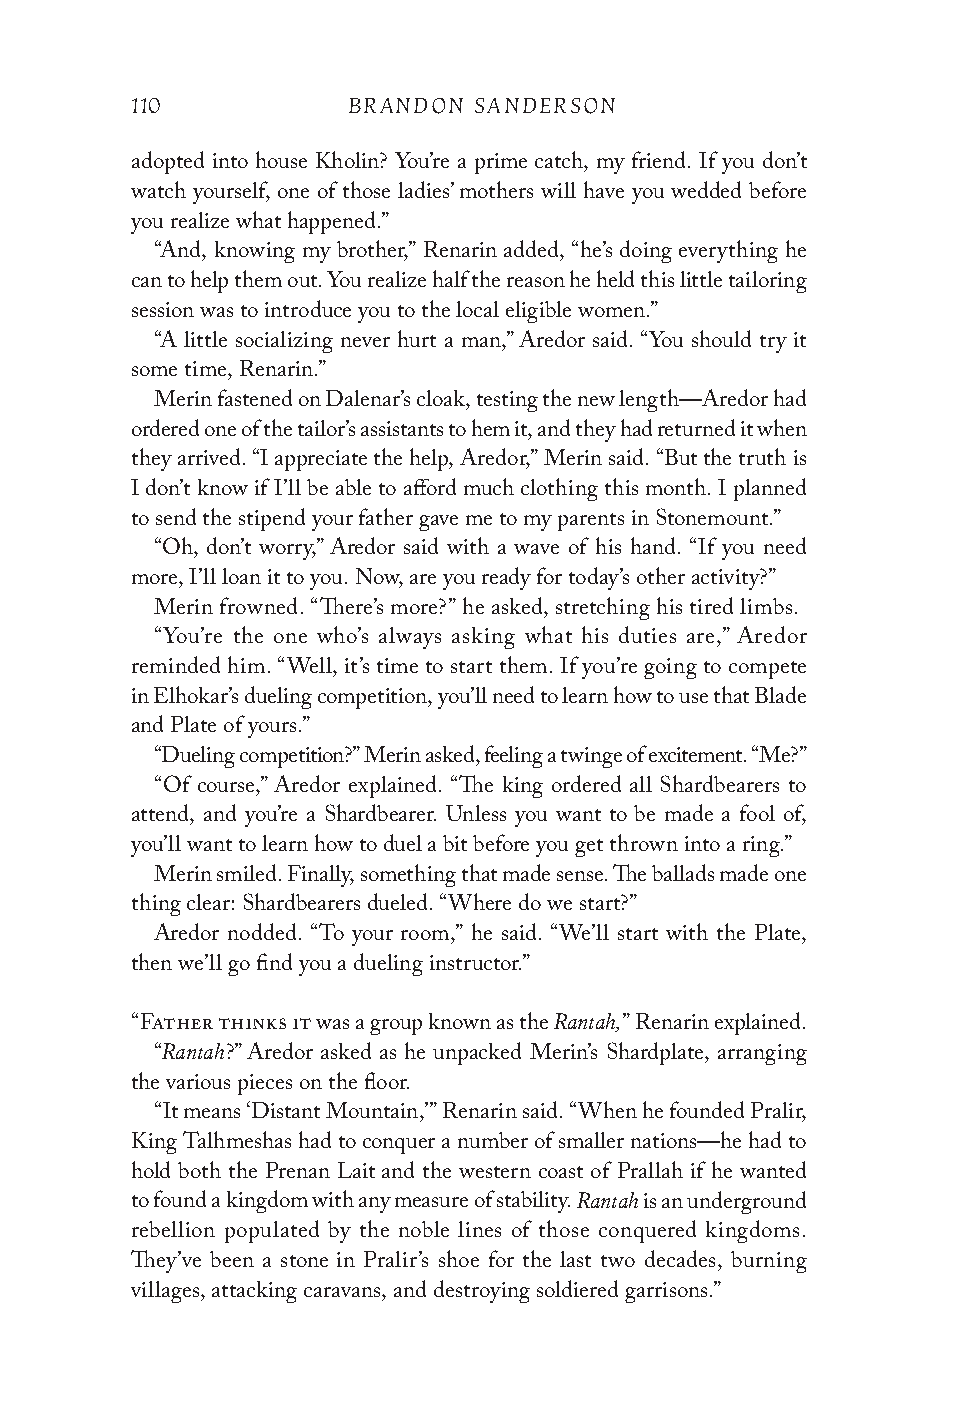
110           BRANDON SANDERSON
 adopted into house Kholin? You’re a prime catch, my friend. If you don’t
 watch yourself, one of those ladies’ mothers will have you wedded before
 you realize what happened.”
 “And, knowing my brother,” Renarin added, “he’s doing everything he
 can to help them out. You realize half the reason he held this little tailoring
 session was to introduce you to the local eligible women.”
 “A little socializing never hurt a man,” Aredor said. “You should try it
 some time, Renarin.”
 Merin fastened on Dalenar’s cloak, testing the new length—Aredor had
 ordered one of the tailor’s assistants to hem it, and they had returned it when
 they arrived. “I appreciate the help, Aredor,” Merin said. “But the truth is
 I don’t know if I’ll be able to afford much clothing this month. I planned
 to send the stipend your father gave me to my parents in Stonemount.”
 “Oh, don’t worry,” Aredor said with a wave of his hand. “If you need
 more, I’ll loan it to you. Now, are you ready for today’s other activity?”
 Merin frowned. “There’s more?” he asked, stretching his tired limbs.
 “You’re the one who’s always asking what his duties are,” Aredor
 reminded him. “Well, it’s time to start them. If you’re going to compete
 in Elhokar’s dueling competition, you’ll need to learn how to use that Blade
 and Plate of yours.”
 “Dueling competition?” Merin asked, feeling a twinge of excitement. “Me?”
 “Of course,” Aredor explained. “The king ordered all Shardbearers to
 attend, and you’re a Shardbearer. Unless you want to be made a fool of,
 you’ll want to learn how to duel a bit before you get thrown into a ring.”
 Merin smiled. Finally, something that made sense. The ballads made one
 thing clear: Shardbearers dueled. “Where do we start?”
 Aredor nodded. “To your room,” he said. “We’ll start with the Plate,
 then we’ll go find you a dueling instructor.”
 Rantah,
 “Father thinks it was a group known as the ” Renarin explained.
 Rantah
 “    ?” Aredor asked as he unpacked Merin’s Shardplate, arranging
 the various pieces on the floor.
 “It means ‘Distant Mountain,’” Renarin said. “When he founded Pralir,
 King Talhmeshas had to conquer a number of smaller nations—he had to
 hold both the Prenan Lait and the western coast of Prallah if he wanted
 Rantah
 to found a kingdom with any measure of stability. is an underground
 rebellion populated by the noble lines of those conquered kingdoms.
 They’ve been a stone in Pralir’s shoe for the last two decades, burning
 villages, attacking caravans, and destroying soldiered garrisons.”